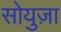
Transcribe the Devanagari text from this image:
सोयुज़ा